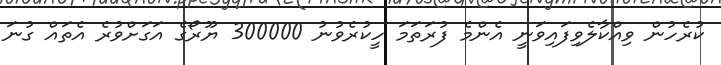
ކުރެހުން ވިއްކާލެވިފައިވަނީ އެންމެ ފުރަތަމަ ހީކުރެވުނު 300000 ޔޫރޯގެ އަގަށްވުރެ އެތައް ގުނަ